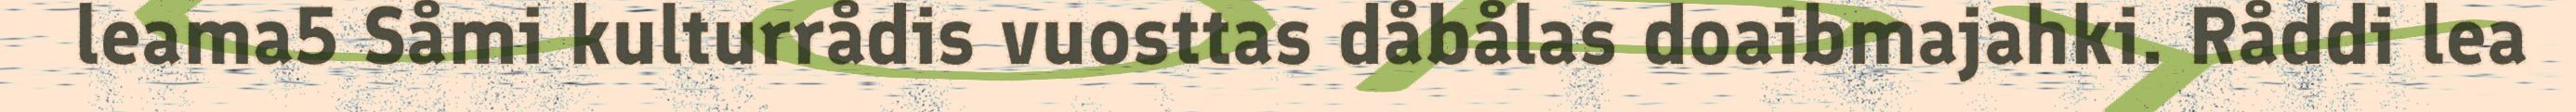
leama5 Såmi kulturrådis vuosttas dåbålas doaibmajahki. Råddi lea